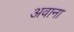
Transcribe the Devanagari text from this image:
अवाना